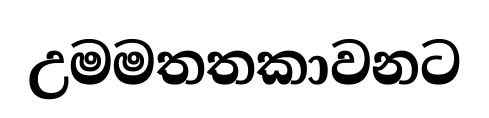
උමමතතකාවනට